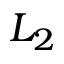
L _ { 2 }